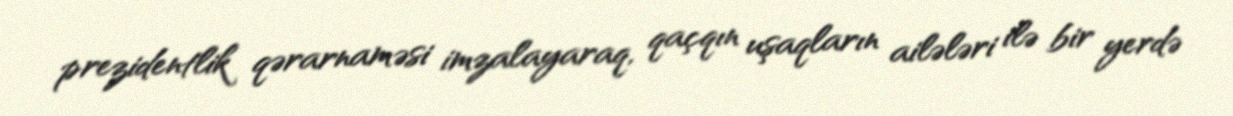
prezidentlik qərarnaməsi imzalayaraq, qaçqın uşaqların ailələri ilə bir yerdə